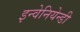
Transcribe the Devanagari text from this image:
इन्वेनियेन्डी